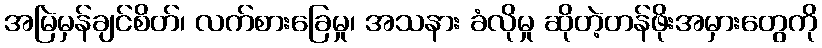
အမြဲမှန်ချင်စိတ်၊ လက်စားခြေမှု၊ အသနား ခံလိုမှု ဆိုတဲ့တန်ဖိုးအမှားတွေကို